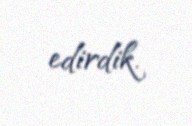
edirdik.